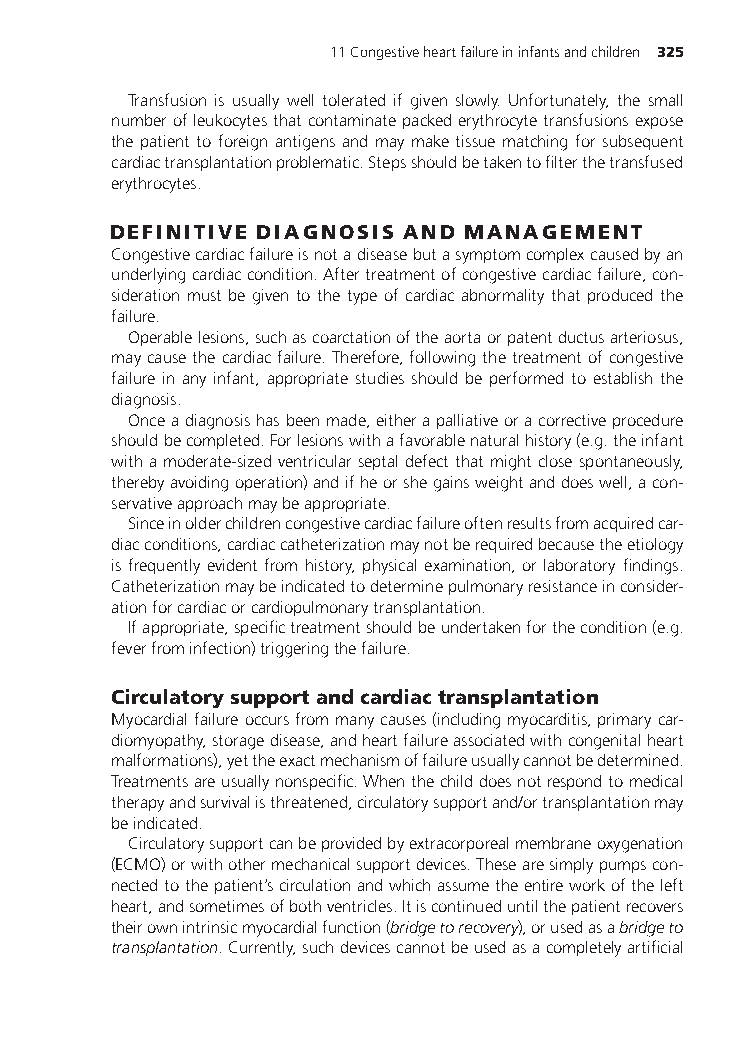
11Congestiveheartfailureininfantsandchildren 325
 Transfusion is usually well tolerated if given slowly. Unfortunately, the small
 numberofleukocytesthatcontaminatepackederythrocytetransfusionsexpose
 the patient to foreign antigens and may make tissue matching for subsequent
 cardiactransplantationproblematic.Stepsshouldbetakentofilterthetransfused
 erythrocytes.
 DEFINITIVE DIAGNOSIS AND MANAGEMENT
 Congestivecardiacfailureisnotadiseasebutasymptomcomplexcausedbyan
 underlyingcardiaccondition.Aftertreatmentofcongestivecardiacfailure,con-
 sideration must be given to the type of cardiac abnormality that produced the
 failure.
 Operablelesions,suchascoarctationoftheaortaorpatentductusarteriosus,
 maycausethecardiacfailure.Therefore,followingthetreatmentofcongestive
 failure in any infant, appropriate studies should be performed to establish the
 diagnosis.
 Onceadiagnosishasbeenmade,eitherapalliativeoracorrectiveprocedure
 shouldbecompleted.Forlesionswithafavorablenaturalhistory(e.g.theinfant
 withamoderate-sizedventricularseptaldefectthatmightclosespontaneously,
 therebyavoidingoperation)andifheorshegainsweightanddoeswell,acon-
 servativeapproachmaybeappropriate.
 Sinceinolderchildrencongestivecardiacfailureoftenresultsfromacquiredcar-
 diacconditions,cardiaccatheterizationmaynotberequiredbecausetheetiology
 is frequently evident from history, physical examination, or laboratory findings.
 Catheterizationmaybeindicatedtodeterminepulmonaryresistanceinconsider-
 ationforcardiacorcardiopulmonarytransplantation.
 Ifappropriate,specifictreatmentshouldbeundertakenforthecondition(e.g.
 feverfrominfection)triggeringthefailure.
 Circulatorysupportandcardiactransplantation
 Myocardialfailureoccursfrommanycauses(includingmyocarditis,primarycar-
 diomyopathy,storagedisease,andheartfailureassociatedwithcongenitalheart
 malformations),yettheexactmechanismoffailureusuallycannotbedetermined.
 Treatmentsareusuallynonspecific.Whenthechilddoesnotrespondtomedical
 therapyandsurvivalisthreatened,circulatorysupportand/ortransplantationmay
 beindicated.
 Circulatorysupportcanbeprovidedbyextracorporealmembraneoxygenation
 (ECMO)orwithothermechanicalsupportdevices.Thesearesimplypumpscon-
 nectedtothepatient’scirculationandwhichassumetheentireworkoftheleft
 heart,andsometimesofbothventricles.Itiscontinueduntilthepatientrecovers
 theirownintrinsicmyocardialfunction(bridgetorecovery),orusedasabridgeto
 transplantation.Currently,suchdevicescannotbeusedasacompletelyartificial